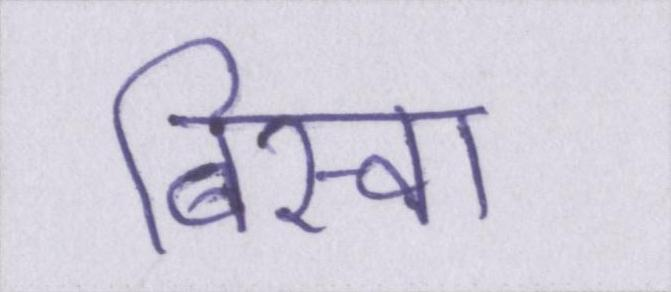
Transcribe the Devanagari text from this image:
बिस्वा